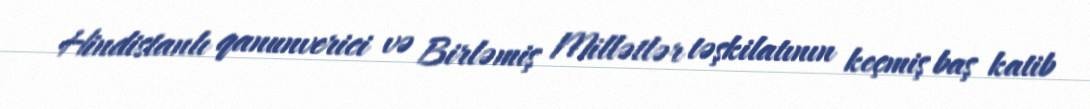
Hindistanlı qanunverici və Birləmiş Millətlər təşkilatının keçmiş baş katib